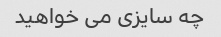
چه سایزی می خواهید